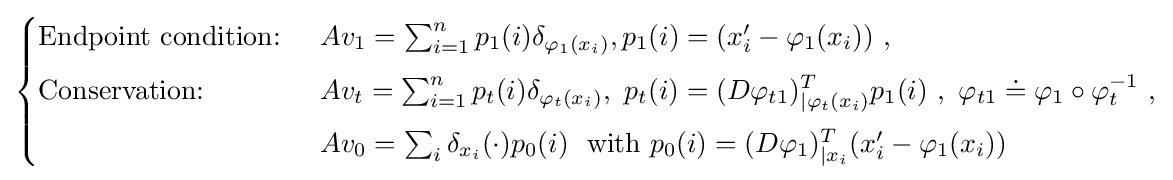
{\begin{cases}{\text{Endpoint condition: }}&Av_{1}=\sum _{i=1}^{n}p_{1}(i)\delta _{\varphi _{1}(x_{i})},p_{1}(i)=(x_{i}^{\prime }-\varphi _{1}(x_{i}))\ ,\\[5pt]{\text{Conservation: }}&Av_{t}=\sum _{i=1}^{n}p_{t}(i)\delta _{\varphi _{t}(x_{i})},\ p_{t}(i)=(D\varphi _{t1})_{|\varphi _{t}(x_{i})}^{T}p_{1}(i)\ ,\ \varphi _{t1}\doteq \varphi _{1}\circ \varphi _{t}^{-1}\ ,\\[5pt]&Av_{0}=\sum _{i}\delta _{x_{i}}(\cdot )p_{0}(i)\ {\text{ with }}p_{0}(i)=(D\varphi _{1})_{|x_{i}}^{T}(x_{i}^{\prime }-\varphi _{1}(x_{i}))\end{cases}}